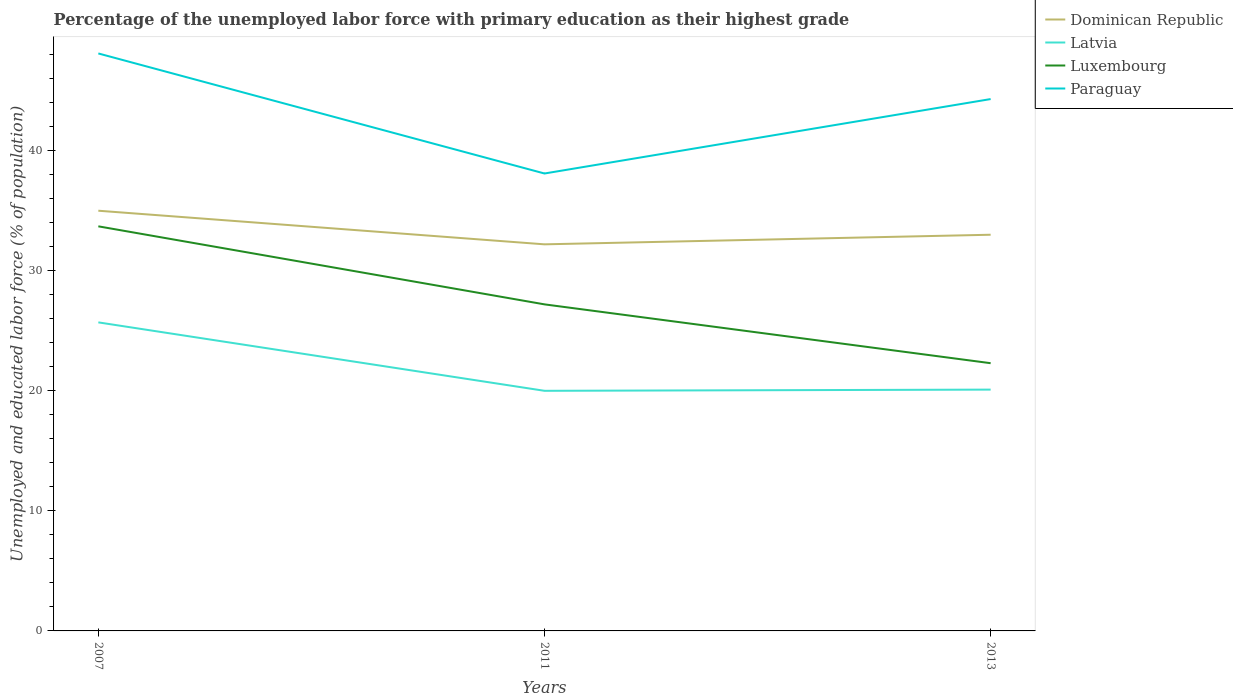
| Years | Dominican Republic | Latvia | Luxembourg | Paraguay |
 | --- | --- | --- | --- | --- |
 | 2007 | 35 | 25.7 | 33.7 | 48.1 |
 | 2011 | 32.2 | 20 | 27.2 | 38.1 |
 | 2013 | 33 | 20.1 | 22.3 | 44.3 |